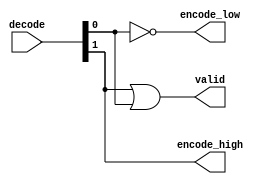
/*************************************************************
 *
 * Module: prien.v
 *
 * Desciption: priority decoder with high and low idx
 *
 * clock: 1.09
 *
 *************************************************************/
module prien_2(
				decode,

				encode_high,
				encode_low,
				valid);

input		[1:0]	decode;
output				encode_high;
output				encode_low;
output				valid;

assign valid = decode[1] | decode[0];

assign encode_high = decode[1];

assign encode_low = ~decode[0];

endmodule

module prien_4(
				decode,

				encode_high,
				encode_low,
				valid);

input		[3:0]	decode;

output	[1:0]	encode_high;
output	[1:0]	encode_low;
output				valid;

wire 		[1:0]	sub_valid;
wire		[1:0]	sub_encode_high;
wire		[1:0]	sub_encode_low;

prien_2 sub_prien [1:0] (.decode(decode),
				.encode_high(sub_encode_high),
				.encode_low(sub_encode_low),
				.valid(sub_valid));

assign	encode_high[1] = sub_valid[1];
assign	encode_high[0] = (sub_valid[1]) ? sub_encode_high[1] :
												 (sub_valid[0]) ? sub_encode_high[0] : 1'b0;

assign	encode_low[1] = ~sub_valid[0]  & sub_valid[1];
assign	encode_low[0] = (sub_valid[0]) ? sub_encode_low[0] :
												(sub_valid[1]) ? sub_encode_low[1] : 1'b0;

assign	valid = sub_valid[1] | sub_valid[0];

endmodule

module prien_8(
				decode,

				encode_high,
				encode_low,
				valid);

input		[7:0]	decode;

output	[2:0]	encode_high;
output	[2:0]	encode_low;
output				valid;

wire		[1:0]	sub_valid;
wire		[3:0]	sub_encode_high;
wire		[3:0]	sub_encode_low;

prien_4 sub_prien [1:0] (.decode(decode),
				.encode_high(sub_encode_high), 
				.encode_low(sub_encode_low),
				.valid(sub_valid));

assign encode_high[2] = sub_valid[1];
assign encode_high[1:0] = (sub_valid[1]) ? sub_encode_high[3:2] :
													(sub_valid[0]) ? sub_encode_high[1:0]	: 2'b0;

assign encode_low[2] = ~sub_valid[0] & sub_valid[1];
assign encode_low[1:0] = (sub_valid[0]) ? sub_encode_low[1:0] :
												 (sub_valid[1]) ? sub_encode_low[3:2] : 2'b00;

assign valid = sub_valid[1] | sub_valid[0];

endmodule

module prien_16(
				decode,

				encode_high,
				encode_low,
				valid);

input		[15:0]	decode;

output	[3:0]	encode_high;
output	[3:0]	encode_low;
output				valid;

wire		[1:0]	sub_valid;
wire		[5:0]	sub_encode_high;
wire		[5:0]	sub_encode_low;

prien_8 sub_prien [1:0] (.decode(decode),
				.encode_high(sub_encode_high), 
				.encode_low(sub_encode_low),
				.valid(sub_valid));

assign encode_high[3] = sub_valid[1];
assign encode_high[2:0] = (sub_valid[1]) ? sub_encode_high[5:3] :
													(sub_valid[0]) ? sub_encode_high[2:0]	: 3'b0;

assign encode_low[3] = ~sub_valid[0] & sub_valid[1];
assign encode_low[2:0] = (sub_valid[0]) ? sub_encode_low[2:0] :
												 (sub_valid[1]) ? sub_encode_low[5:3] : 3'b0;

assign valid = sub_valid[1] | sub_valid[0];

endmodule

// 32 bits
module prien(
				decode,

				encode_high,
				encode_low,
				valid);

input		[31:0]	decode;

output	[4:0]	encode_high;
output	[4:0]	encode_low;
output				valid;

wire		[1:0]	sub_valid;
wire		[7:0]	sub_encode_high;
wire		[7:0]	sub_encode_low;

prien_16 sub_prien [1:0] (.decode(decode),
				.encode_high(sub_encode_high), 
				.encode_low(sub_encode_low),
				.valid(sub_valid));

assign encode_high[4] = sub_valid[1];
assign encode_high[3:0] = (sub_valid[1]) ? sub_encode_high[7:4] :
													(sub_valid[0]) ? sub_encode_high[3:0]	: 4'b0;

assign encode_low[4] = ~sub_valid[0] & sub_valid[1];
assign encode_low[3:0] = (sub_valid[0]) ? sub_encode_low[3:0] :
												 (sub_valid[1]) ? sub_encode_low[7:4] : 4'b0;

assign valid = sub_valid[1] | sub_valid[0];

endmodule